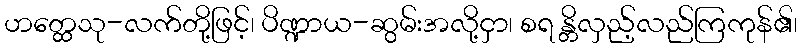
ဟတ္ထေသု-လက်တို့ဖြင့်၊ ပိဏ္ဍာယ-ဆွမ်းအလို့ငှာ၊ စရ န္တိလှည့်လည်ကြကုန်၏၊